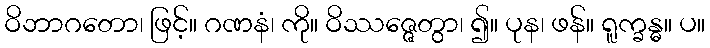
ဝိဘာဂတော၊ ဖြင့်။ ဂဏနံ၊ ကို။ ဝိဿဇ္ဇေတွာ၊ ၍။ ပုန၊ ဖန်။ ရူက္ခန္ဓ။ ပ။